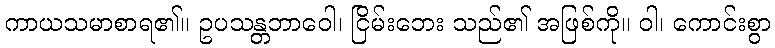
ကာယသမာစာရ၏။ ဥပသန္တဘာဝေါ၊ ငြိမ်းဘေး သည်၏ အဖြစ်ကို။ ဝါ၊ ကောင်းစွာ